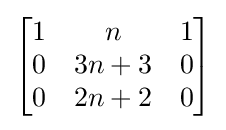
{\begin{bmatrix}1&n&1\\0&3n+3&0\\0&2n+2&0\end{bmatrix}}